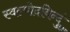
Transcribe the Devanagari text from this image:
स्वल्पोदबिन्दुं